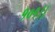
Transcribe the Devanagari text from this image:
१०१।।